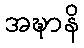
အဍ္ဎာနိ